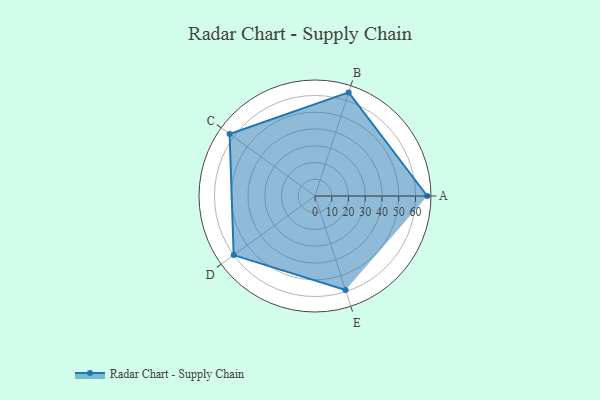
{"axis": {"x": "Skill", "y": "Score"}, "legend": ["Profile"], "data": [{"x": "A", "y": 67.0, "type": "Profile"}, {"x": "B", "y": 65.0, "type": "Profile"}, {"x": "C", "y": 63.0, "type": "Profile"}, {"x": "D", "y": 60.0, "type": "Profile"}, {"x": "E", "y": 59.0, "type": "Profile"}]}